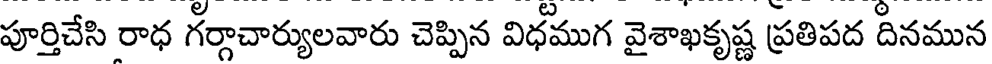
పూర్తిచేసి రాధ గర్గాచార్యులవారు చెప్పిన విధముగ వైశాఖకృష్ణ ప్రతిపద దినమున